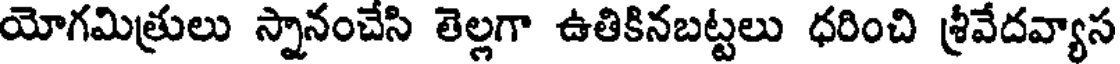
యోగమిత్రులు స్నానంచేసి తెల్లగా ఉతికినబట్టలు ధరించి శ్రీవేదవ్యాస